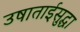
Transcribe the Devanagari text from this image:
उषाताईसुद्धा